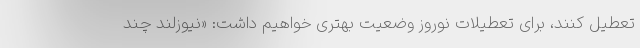
تعطیل کنند، برای تعطیلات نوروز وضعیت بهتری خواهیم داشت: «نیوزلند چند